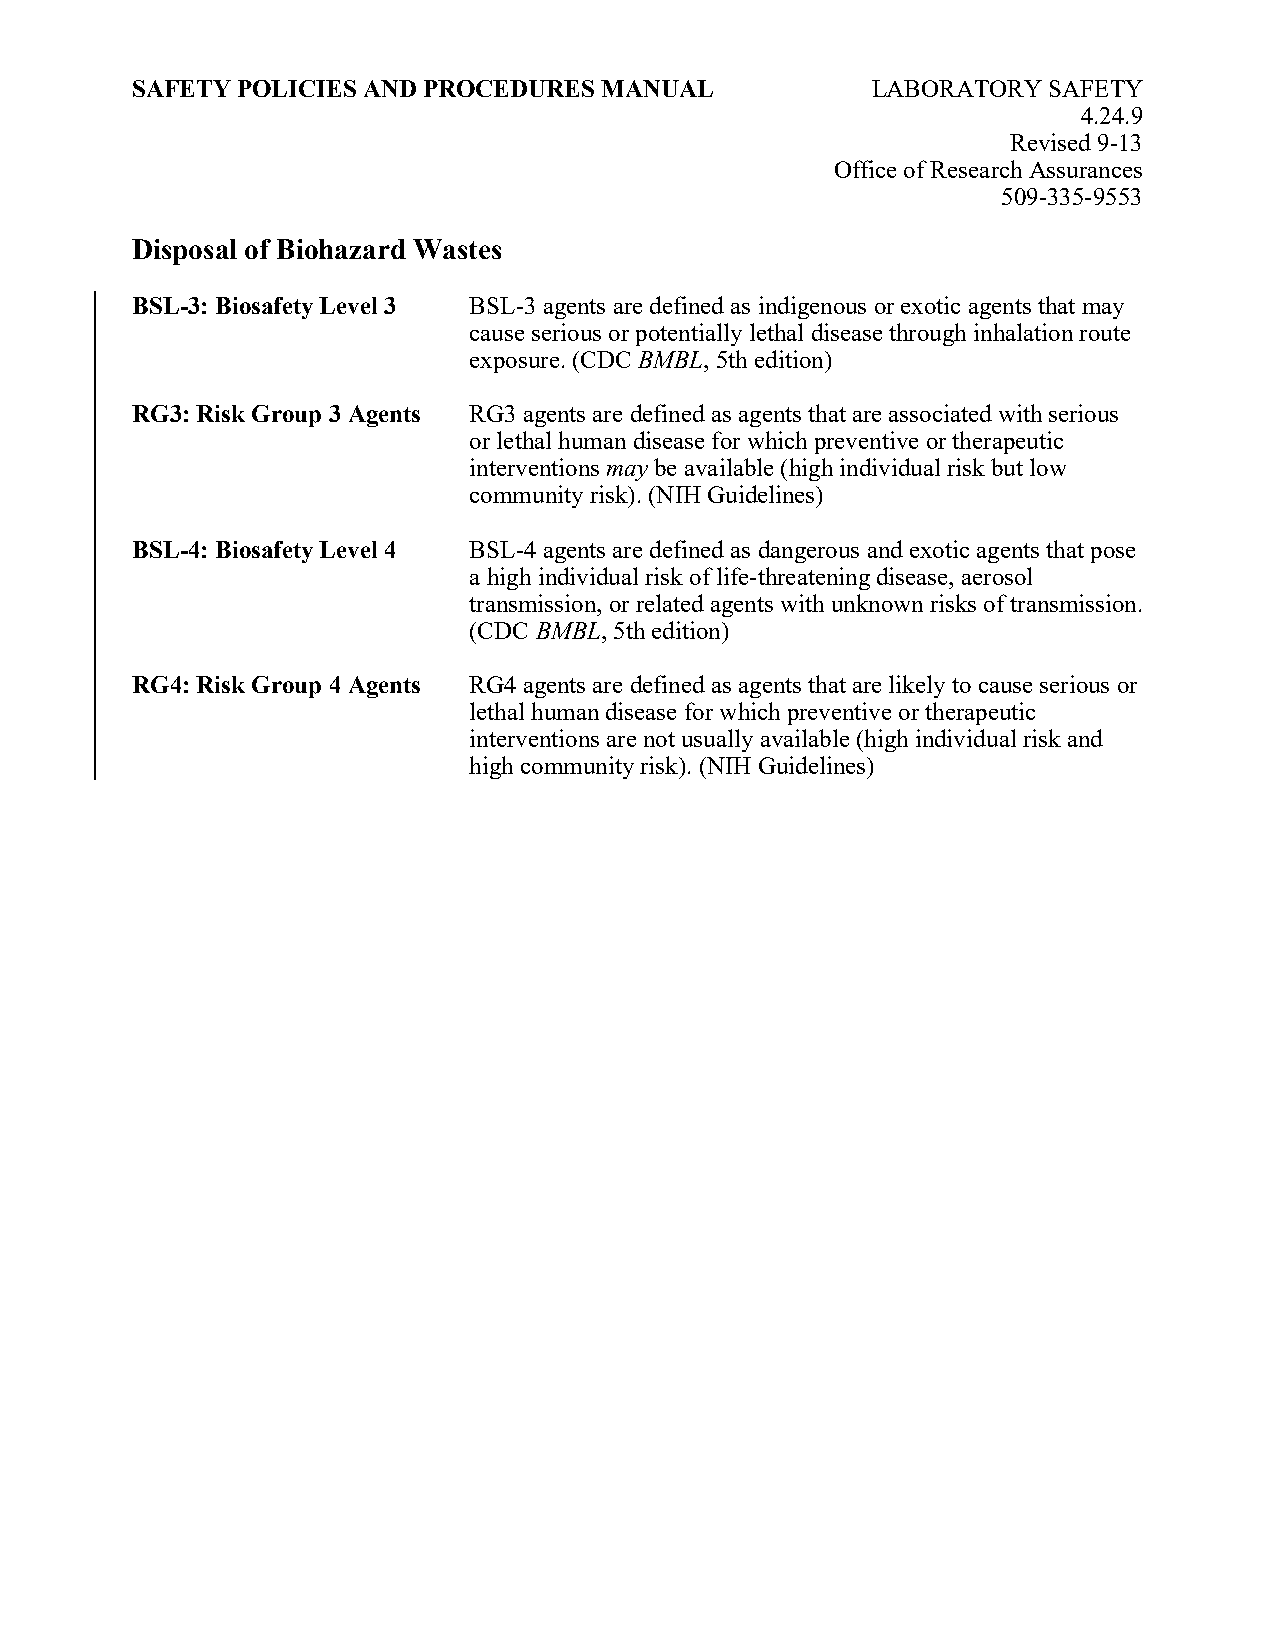
SAFETY POLICIES AND PROCEDURES MANUAL            LABORATORY SAFETY
 4.24.9
 Revised 9-13
 Office of Research Assurances
 509-335-9553
 Disposal of Biohazard Wastes
 BSL-3: Biosafety Level 3 BSL-3 agents are defined as indigenous or exotic agents that may
 cause serious or potentially lethal disease through inhalation route
 exposure. (CDC BMBL, 5th edition)
 RG3: Risk Group 3 Agents RG3 agents are defined as agents that are associated with serious
 or lethal human disease for which preventive or therapeutic
 interventions may be available (high individual risk but low
 community risk). (NIH Guidelines)
 BSL-4: Biosafety Level 4 BSL-4 agents are defined as dangerous and exotic agents that pose
 a high individual risk of life-threatening disease, aerosol
 transmission, or related agents with unknown risks of transmission.
 (CDC BMBL, 5th edition)
 RG4: Risk Group 4 Agents RG4 agents are defined as agents that are likely to cause serious or
 lethal human disease for which preventive or therapeutic
 interventions are not usually available (high individual risk and
 high community risk). (NIH Guidelines)